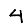
Digit: 4